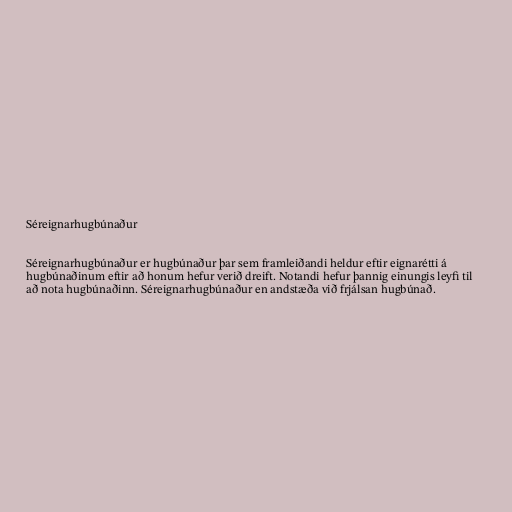
Séreignarhugbúnaður

Séreignarhugbúnaður er hugbúnaður þar sem framleiðandi heldur eftir eignarétti á
hugbúnaðinum eftir að honum hefur verið dreift. Notandi hefur þannig einungis leyfi til
að nota hugbúnaðinn. Séreignarhugbúnaður en andstæða við frjálsan hugbúnað.